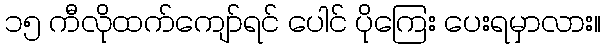
၁၅ ကီလိုထက်ကျော်ရင် ပေါင် ပိုကြေး ပေးရမှာလား။